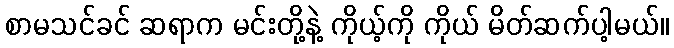
စာမသင်ခင် ဆရာက မင်းတို့နဲ့ ကိုယ့်ကို ကိုယ် မိတ်ဆက်ပါ့မယ်။